Document type: Sale
Year: 1235
Scribe: Pere de Bages
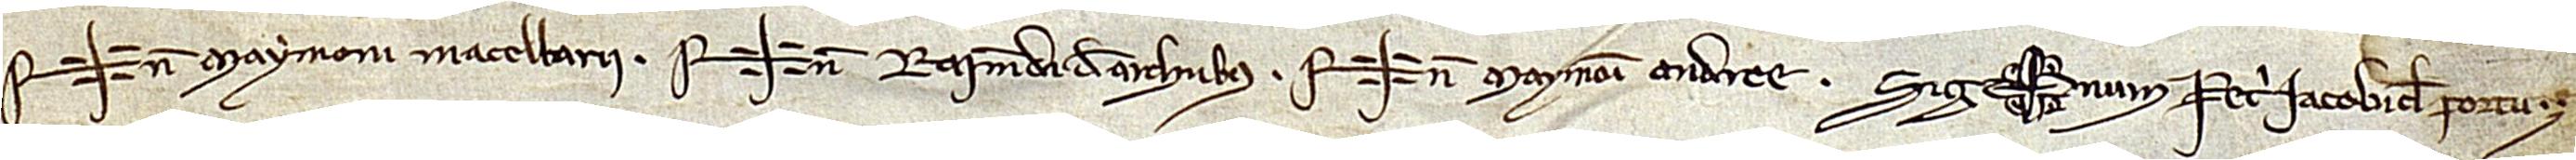
Sig+num Maymoni Macellarii. Sig+num Raimundi de Archibus. Sig+num Maymoni Andree. Sig+num Petri Iacobi de Portu.